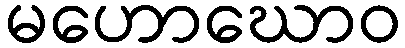
မဟောဃောဝ